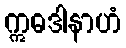
ဣဓဒါနာဟံ